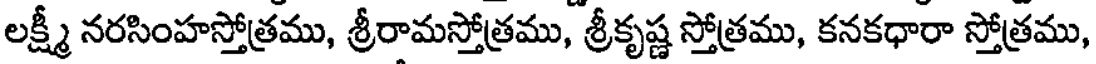
లక్ష్మీ నరసింహస్తోత్రము, శ్రీరామస్తోత్రము, శ్రీకృష్ణ స్తోత్రము, కనకధారా స్తోత్రము,